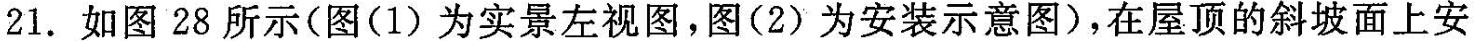
21.如图28所示(图(1)为实景左视图，图(2)为安装示意图)，在屋顶的斜坡面上安